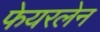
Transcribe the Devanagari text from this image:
फेयरलेन